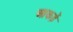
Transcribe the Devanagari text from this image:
आकड़ें